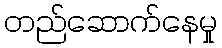
တည်ဆောက်နေမှု